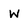
Character: w